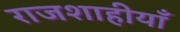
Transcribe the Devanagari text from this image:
राजशाहीयाँ